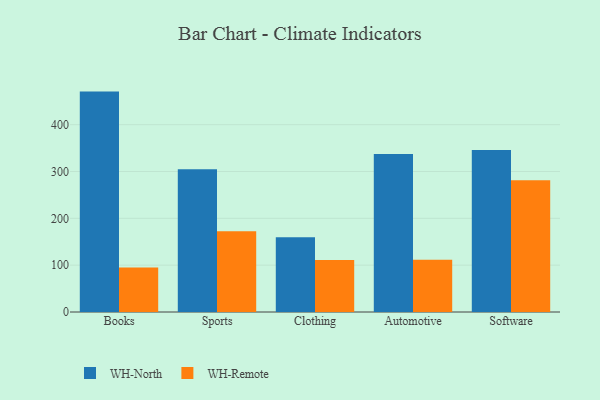
{"axis": {"x": "Category", "y": "Customer Acquisition Cost (USD)"}, "legend": ["WH-North", "WH-Remote"], "data": [{"x": "Books", "y": 470.6, "type": "WH-North"}, {"x": "Books", "y": 94.8, "type": "WH-Remote"}, {"x": "Sports", "y": 304.9, "type": "WH-North"}, {"x": "Sports", "y": 172.2, "type": "WH-Remote"}, {"x": "Clothing", "y": 159.6, "type": "WH-North"}, {"x": "Clothing", "y": 110.8, "type": "WH-Remote"}, {"x": "Automotive", "y": 337.4, "type": "WH-North"}, {"x": "Automotive", "y": 111.8, "type": "WH-Remote"}, {"x": "Software", "y": 346.1, "type": "WH-North"}, {"x": "Software", "y": 281.5, "type": "WH-Remote"}]}